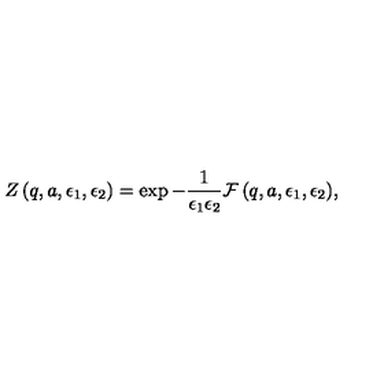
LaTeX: Z \left( q , a , \epsilon _ { 1 } , \epsilon _ { 2 } \right) = \exp { - \frac { 1 } { \epsilon _ { 1 } \epsilon _ { 2 } } { \cal F } \left( q , a , \epsilon _ { 1 } , \epsilon _ { 2 } \right) } ,